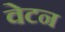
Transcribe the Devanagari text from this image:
वेटन